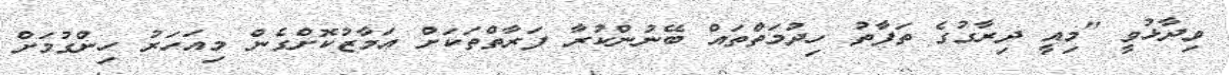
ވިދާޅުވީ "މިއީ ދިރާގުގެ ތަފާތު ހިދުމަތްތައް ބޭނުންކުރާ ފަރާތްތަކަށް އަމާޒުކޮށްގެން މިއަހަރު ހިންގުމަށް